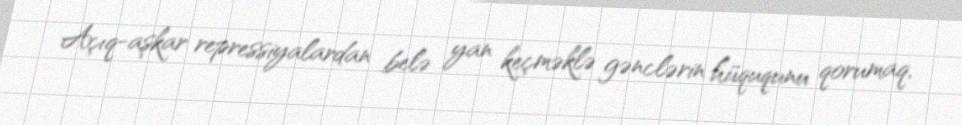
Açıq-aşkar repressiyalardan belə yan keçməklə gənclərin hüququnu qorumaq,